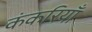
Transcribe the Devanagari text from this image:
कंकरियाँ